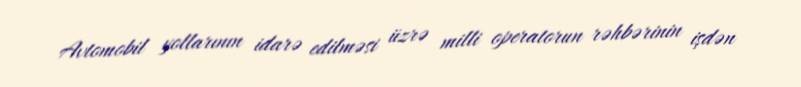
Avtomobil yollarının idarə edilməsi üzrə milli operatorun rəhbərinin işdən